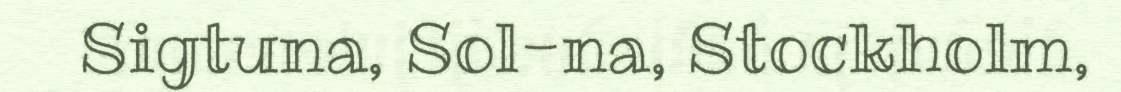
Sigtuna, Sol-na, Stockholm,